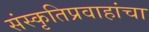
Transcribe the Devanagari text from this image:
संस्कृतिप्रवाहांचा